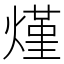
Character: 𰟐